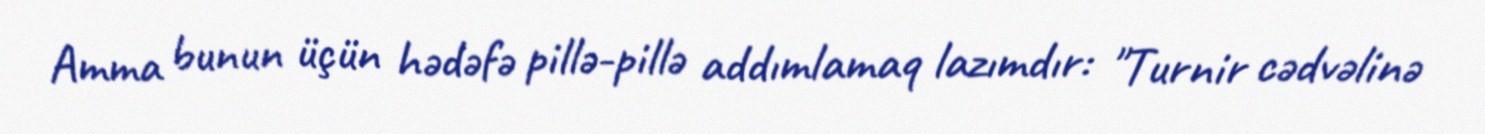
Amma bunun üçün hədəfə pillə-pillə addımlamaq lazımdır: "Turnir cədvəlinə